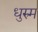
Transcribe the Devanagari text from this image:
धुरुम